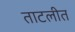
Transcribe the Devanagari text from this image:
ताटलीत